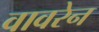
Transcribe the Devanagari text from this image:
वावरेन